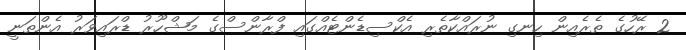
2 ރޭހުގެ ތެރެއިން ހިނގި ނުރައްކާތެރި އެކްސިޑެންޓެއްގައި ފްރާންސްގެ މަޝްހޫރު ޑްރައިވަރު އެންތަނީ